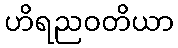
ဟိရညဝတိယာ